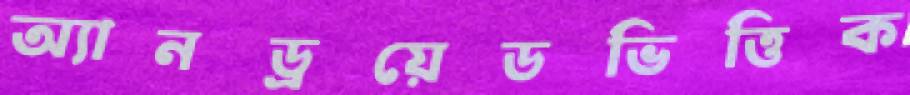
অ্যানড্রয়েডভিত্তিক